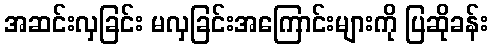
အဆင်းလှခြင်း မလှခြင်းအကြောင်းများကို ပြဆိုခန်း